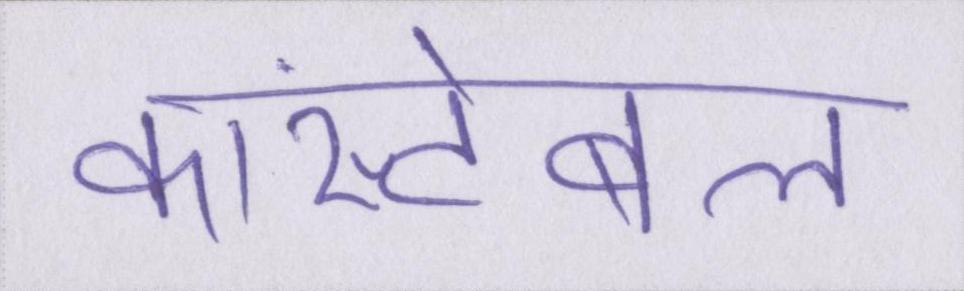
कांस्टेबल